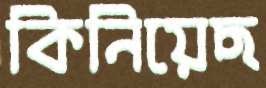
কিনিয়েছ